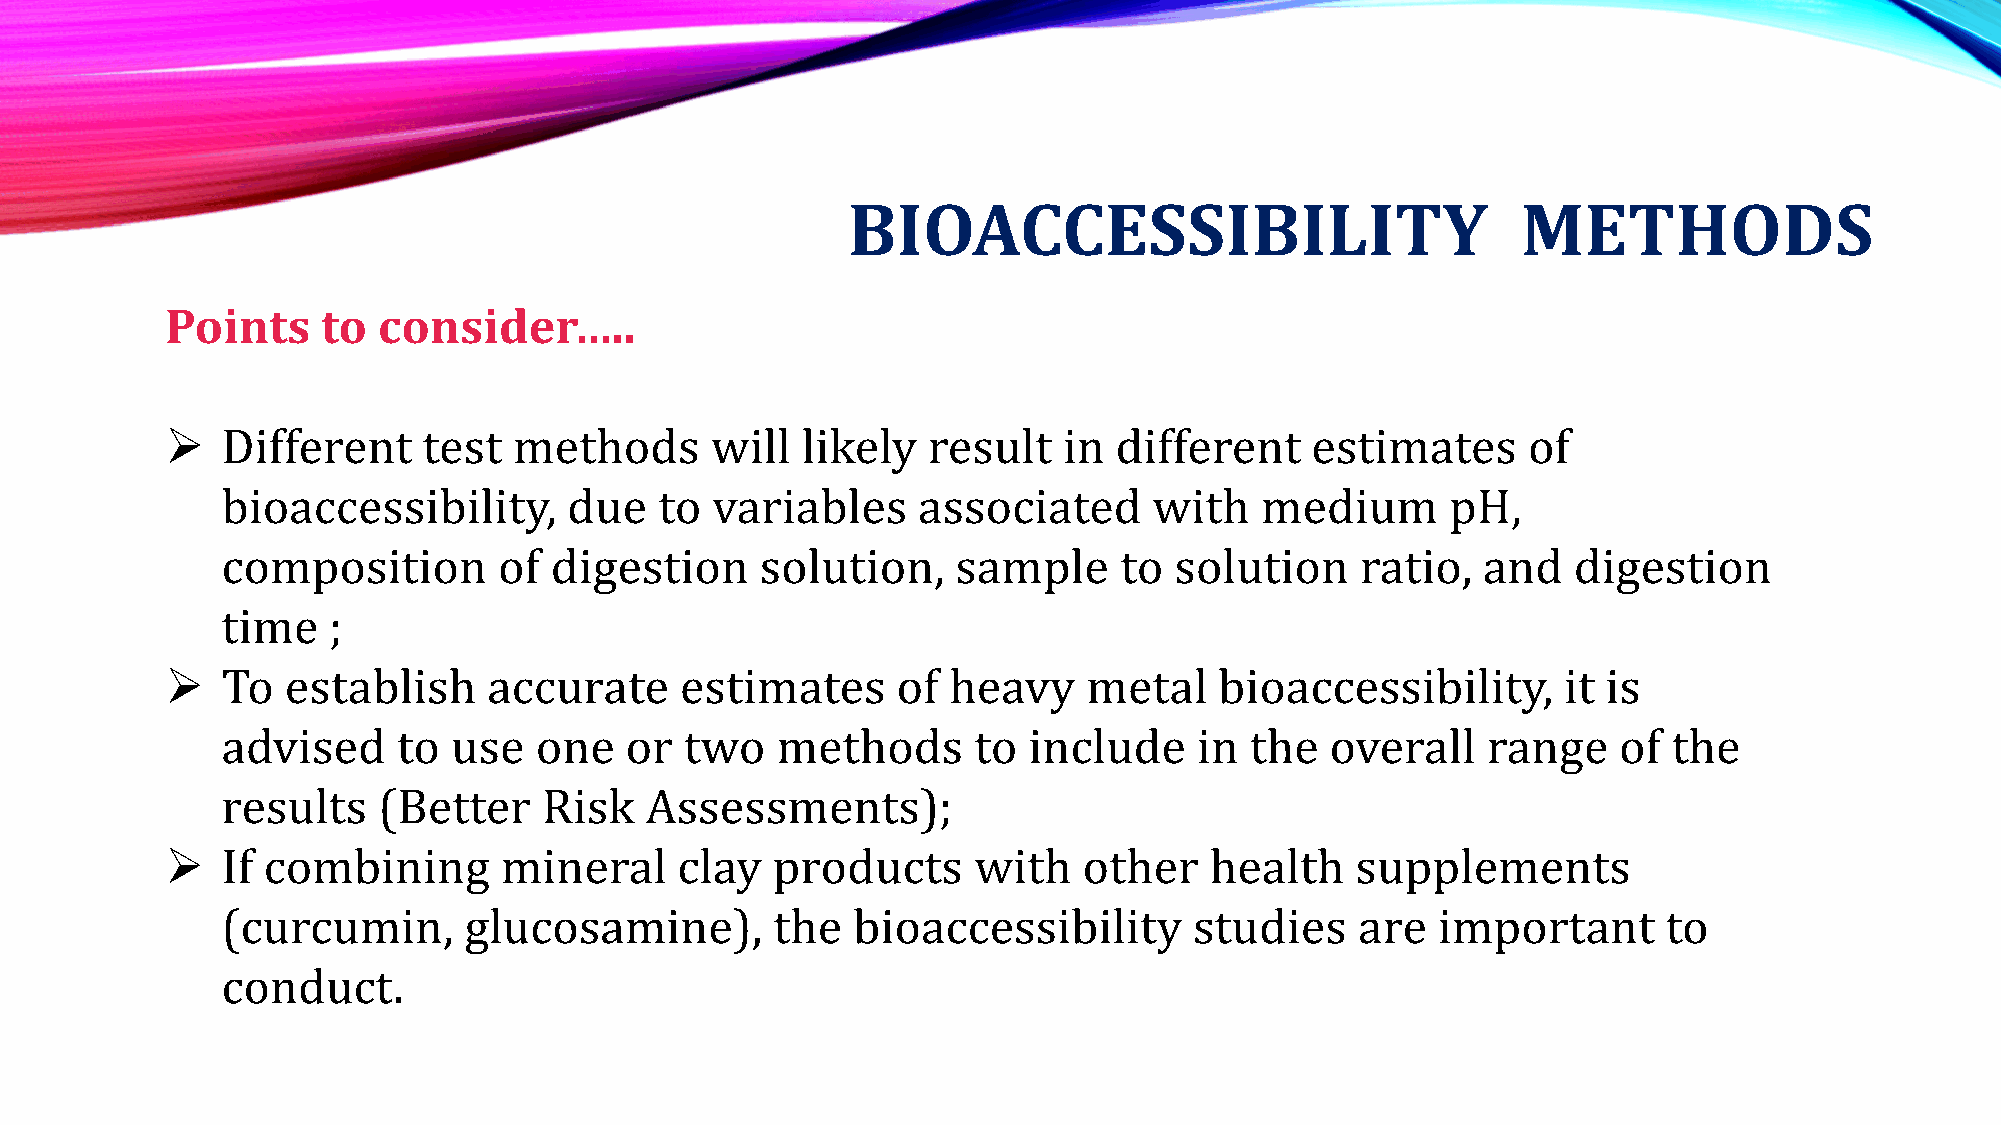
BIOACCESSIBILITY                             METHODS
 Points    to  consider…..
    Different    test  methods      will  likely  result   in  different    estimates     of
 bioaccessibility,      due   to variables     associated     with   medium       pH,
 composition       of digestion     solution,    sample     to  solution    ratio,  and   digestion
 time   ;
    To  establish    accurate     estimates     of  heavy    metal    bioaccessibility,     it is
 advised    to  use  one   or  two   methods      to  include    in  the  overall   range    of  the
 results   (Better    Risk   Assessments);
    If combining      mineral     clay  products     with    other   health    supplements
 (curcumin,      glucosamine),       the  bioaccessibility       studies    are  important      to
 conduct.